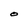
Character: O